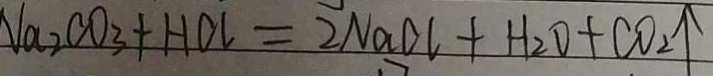
N a _ { 2 } C O _ { 3 } + H C l = 2 N a D l + H _ { 2 } O + C O _ { 2 } \uparrow